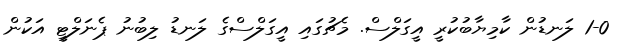
1-0 ލަނޑުން ކާމިޔާބުކުރީ އީގަލްސް. މެޗުގައި އީގަލްސްގެ ލަނޑު ލިބުނު ޕެނަލްޓީ އަކުން